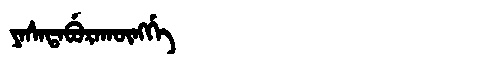
Manchu: ᠶᠠᠰᠠᡨᠠᠪᡠᡵᠠᡴᡡᠩᡤᡝ
Romanization: YASATABURAKŪNGGE